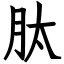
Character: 肽